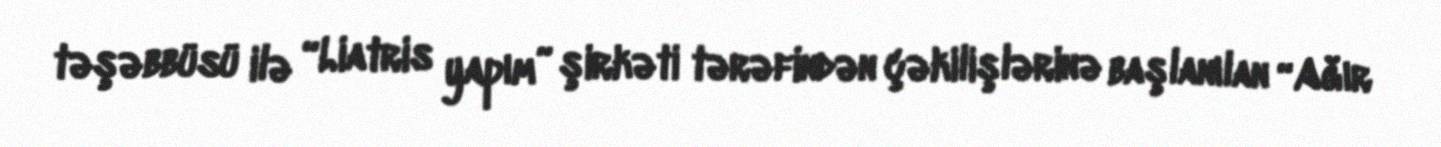
təşəbbüsü ilə “Liatris yapım” şirkəti tərəfindən çəkilişlərinə başlanılan “Ağır